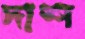
দাশ